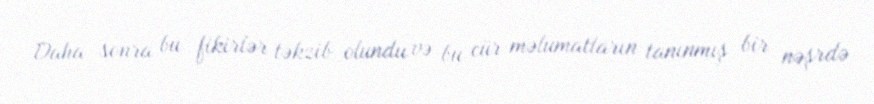
Daha sonra bu fikirlər təkzib olundu və bu cür məlumatların tanınmış bir nəşrdə